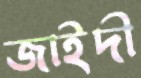
জাইদী